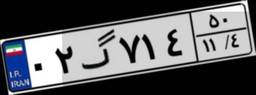
۰۲گ۷۱۴۵۰